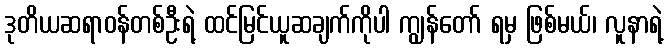
ဒုတိယဆရာဝန်တစ်ဦးရဲ့ ထင်မြင်ယူဆချက်ကိုပါ ကျွန်တော် ရမှ ဖြစ်မယ်၊ လူနာရဲ့